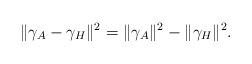
LaTeX: \begin{align*}\|\gamma_A-\gamma_H\|^2=\|\gamma_A\|^2-\|\gamma_H\|^2.\end{align*}